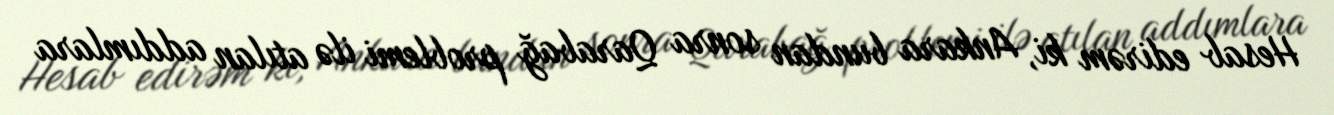
Hesab edirəm ki, Ankara bundan sonra Qarabağ problemi ilə atılan addımlara